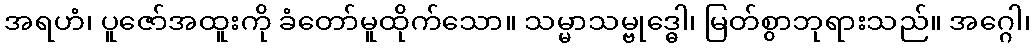
အရဟံ၊ ပူဇော်အထူးကို ခံတော်မူထိုက်သော။ သမ္မာသမ္ဗုဒ္ဓေါ၊ မြတ်စွာဘုရားသည်။ အဂ္ဂေါ၊